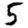
Digit: 5